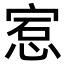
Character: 𪬅